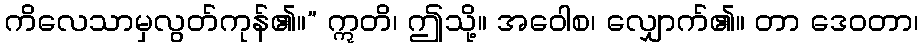
ကိလေသာမှလွတ်ကုန်၏။” ဣတိ၊ ဤသို့။ အဝေါစ၊ လျှောက်၏။ တာ ဒေဝတာ၊